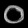
Digit: ၀